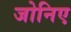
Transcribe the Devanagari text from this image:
जोनिए